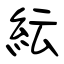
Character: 紜